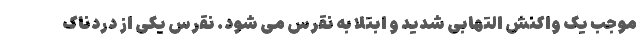
موجب یک واکنش التهابی شدید و ابتلا به نقرس می شود. نقرس یکی از دردناک